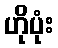
ဟိုပုံး